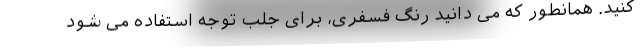
کنید. همانطور که می دانید رنگ فسفری، برای جلب توجه استفاده می شود